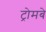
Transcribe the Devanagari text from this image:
ट्रोमबे